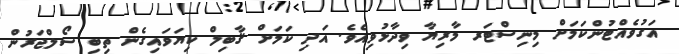
އަގުވެއްޓުންކަމަށް މިނިސްޓަރ މާރިޔާ ވިދާޅުވިއެވެ. އަދި ކަމަށް ޤާބިލް ކިޔަވައިގެން ތިބި ސޯލްޖަރުން